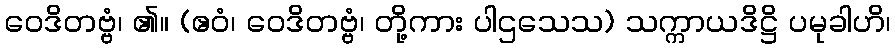
ဝေဒိတဗ္ဗံ၊ ၏။ (ဧဝံ၊ ဝေဒိတဗ္ဗံ၊ တို့ကား ပါဌသေသ) သက္ကာယဒိဋ္ဌိ ပမုခါဟိ၊